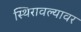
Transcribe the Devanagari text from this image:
स्थिरावल्यावर